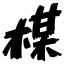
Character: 楳